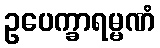
ဥပေက္ခာရမ္မဏံ